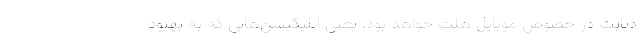
دیابت در خصوص موبایل هلث خواهد بود، یعنی اپلیکیشن‌هایی که به بهبود